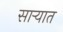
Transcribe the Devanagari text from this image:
साऱ्यात